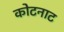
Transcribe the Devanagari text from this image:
कोटनाट